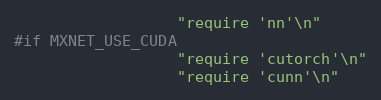
Language: C++
                  "require 'nn'\n"
#if MXNET_USE_CUDA
                  "require 'cutorch'\n"
                  "require 'cunn'\n"